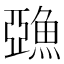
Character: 𩸇